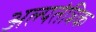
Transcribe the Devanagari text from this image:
अल्पतंत्रिक